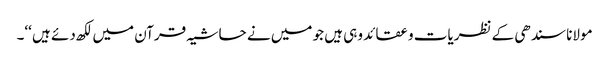
مولانا سندھی کے نظریات و عقائد وہی ہیں جو میں نے حاشیہ قرآن میں لکھ دئے ہیں ‘‘۔